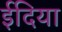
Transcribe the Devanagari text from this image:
ईदिया